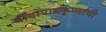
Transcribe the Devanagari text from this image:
श्रीगोपालकृष्णाची